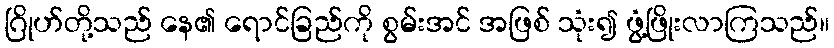
ဂြိုဟ်တို့သည် နေ၏ ရောင်ခြည်ကို စွမ်းအင် အဖြစ် သုံး၍ ဖွံ့ဖြိုးလာကြသည်။